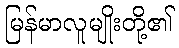
မြန်မာလူမျိုးတို့၏